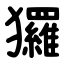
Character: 玀